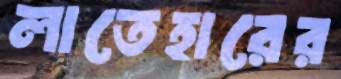
লাতেহারের